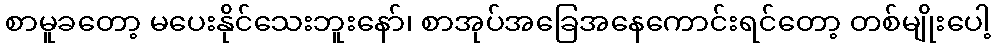
စာမူခတော့ မပေးနိုင်သေးဘူးနော်၊ စာအုပ်အခြေအနေကောင်းရင်တော့ တစ်မျိုးပေါ့